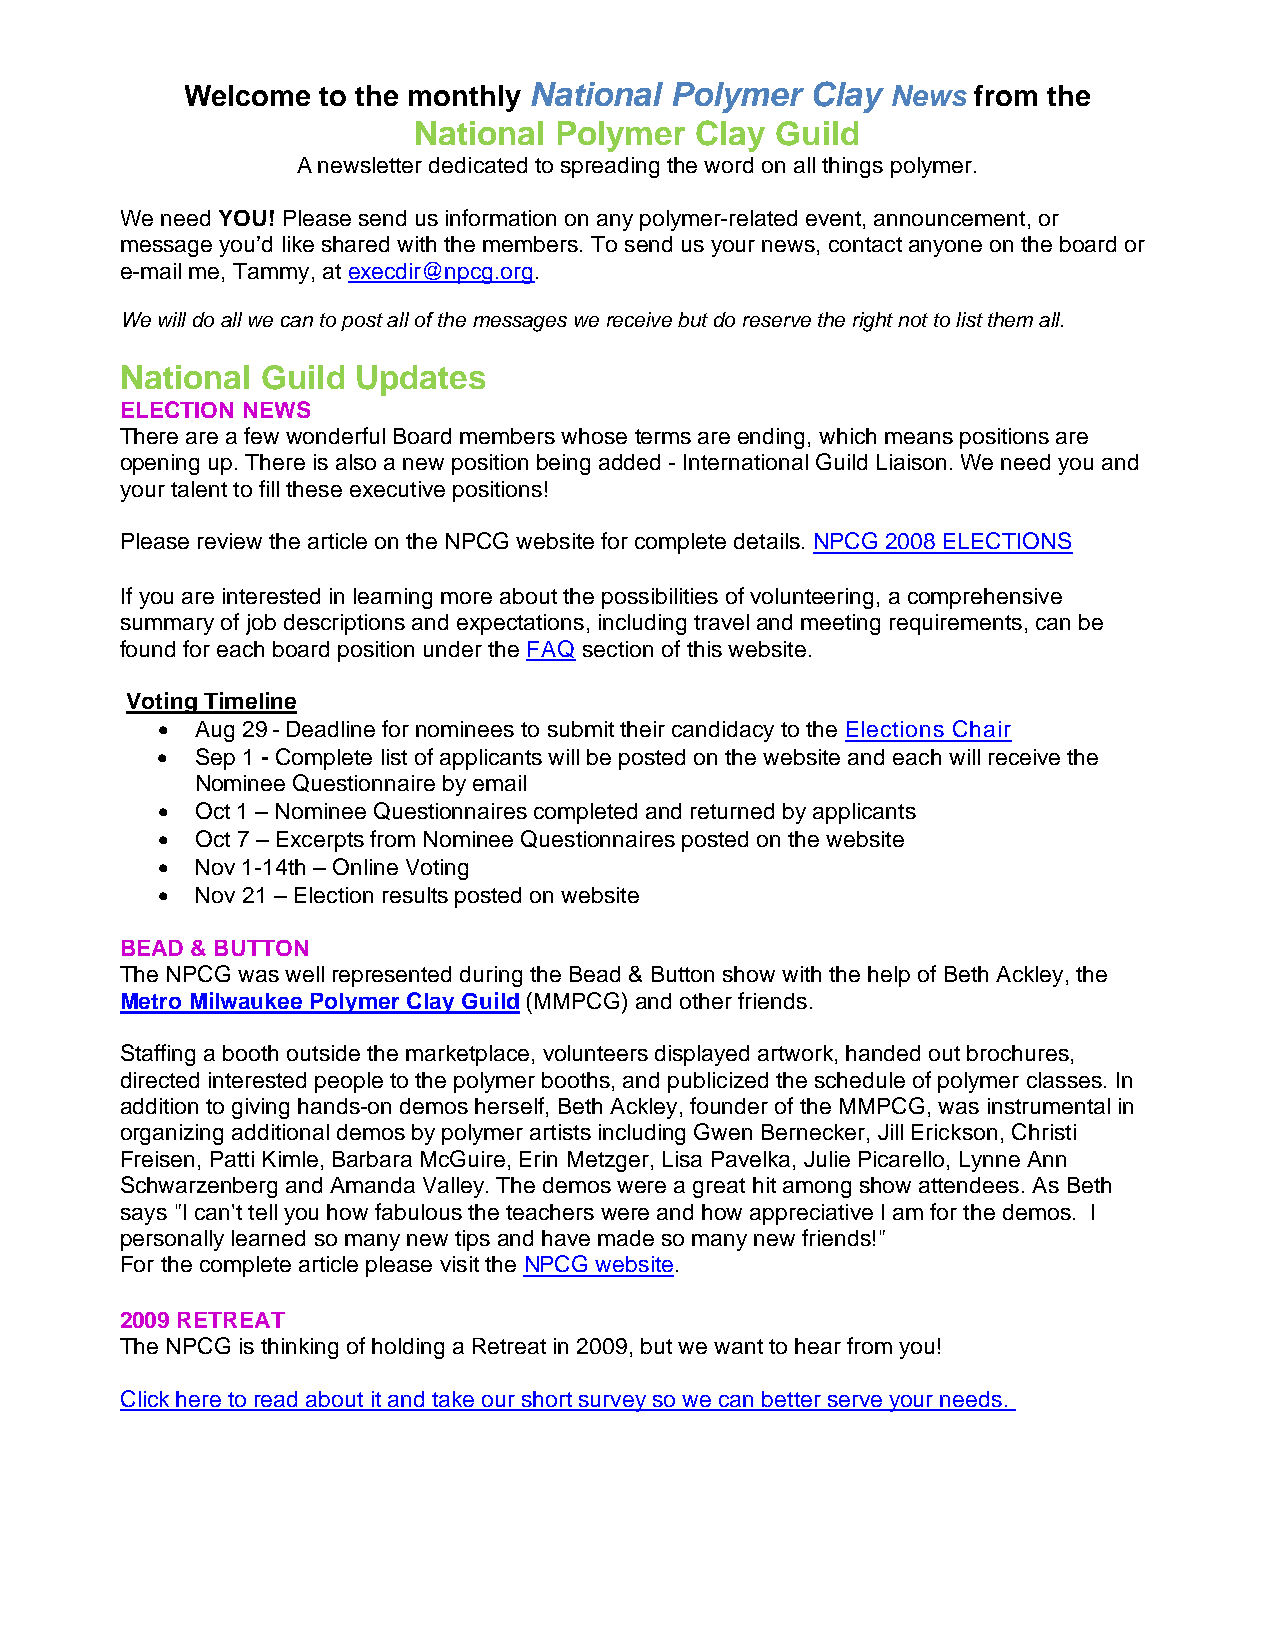
Welcome  to the monthly National Polymer  Clay News  from the
 National  Polymer  Clay Guild
 A newsletter dedicated to spreading the word on all things polymer.
 We need YOU! Please send us information on any polymer-related event, announcement, or
 message you’d like shared with the members. To send us your news, contact anyone on the board or
 e-mail me, Tammy, at execdir@npcg.org.
 We will do all we can to post all of the messages we receive but do reserve the right not to list them all.
 National Guild  Updates
 ELECTION NEWS
 There are a few wonderful Board members whose terms are ending, which means positions are
 opening up. There is also a new position being added - International Guild Liaison. We need you and
 your talent to fill these executive positions!
 Please review the article on the NPCG website for complete details. NPCG 2008 ELECTIONS
 If you are interested in learning more about the possibilities of volunteering, a comprehensive
 summary of job descriptions and expectations, including travel and meeting requirements, can be
 found for each board position under the FAQ section of this website.
 Voting Timeline
 •  Aug 29 - Deadline for nominees to submit their candidacy to the Elections Chair
 •  Sep 1 - Complete list of applicants will be posted on the website and each will receive the
 Nominee Questionnaire by email
 •  Oct 1 – Nominee Questionnaires completed and returned by applicants
 •  Oct 7 – Excerpts from Nominee Questionnaires posted on the website
 •  Nov 1-14th – Online Voting
 •  Nov 21 – Election results posted on website
 BEAD & BUTTON
 The NPCG was well represented during the Bead & Button show with the help of Beth Ackley, the
 Metro Milwaukee Polymer Clay Guild (MMPCG) and other friends.
 Staffing a booth outside the marketplace, volunteers displayed artwork, handed out brochures,
 directed interested people to the polymer booths, and publicized the schedule of polymer classes. In
 addition to giving hands-on demos herself, Beth Ackley, founder of the MMPCG, was instrumental in
 organizing additional demos by polymer artists including Gwen Bernecker, Jill Erickson, Christi
 Freisen, Patti Kimle, Barbara McGuire, Erin Metzger, Lisa Pavelka, Julie Picarello, Lynne Ann
 Schwarzenberg and Amanda Valley. The demos were a great hit among show attendees. As Beth
 says "I can't tell you how fabulous the teachers were and how appreciative I am for the demos. I
 personally learned so many new tips and have made so many new friends!"
 For the complete article please visit the NPCG website.
 2009 RETREAT
 The NPCG is thinking of holding a Retreat in 2009, but we want to hear from you!
 Click here to read about it and take our short survey so we can better serve your needs.